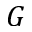
G